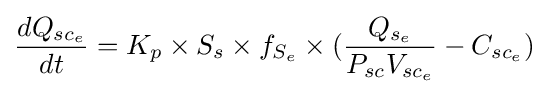
{dQ_{{sc}_{e}} \over dt}=K_{p}\times S_{s}\times f_{S_{e}}\times ({Q_{s_{e}} \over {P_{sc}V_{{sc}_{e}}}}-C_{{sc}_{e}})